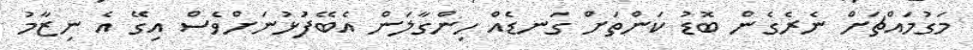
މަގުމައްޗަށް ނެރެގެން ބޮޑު ކަންތަަށް ގަނޑެއް ހިންގާލަން އެބޭފުަޅުނަަށްވެސް އިގޭ އެ ނިޒާމު